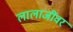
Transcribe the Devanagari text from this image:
लालाजींवर